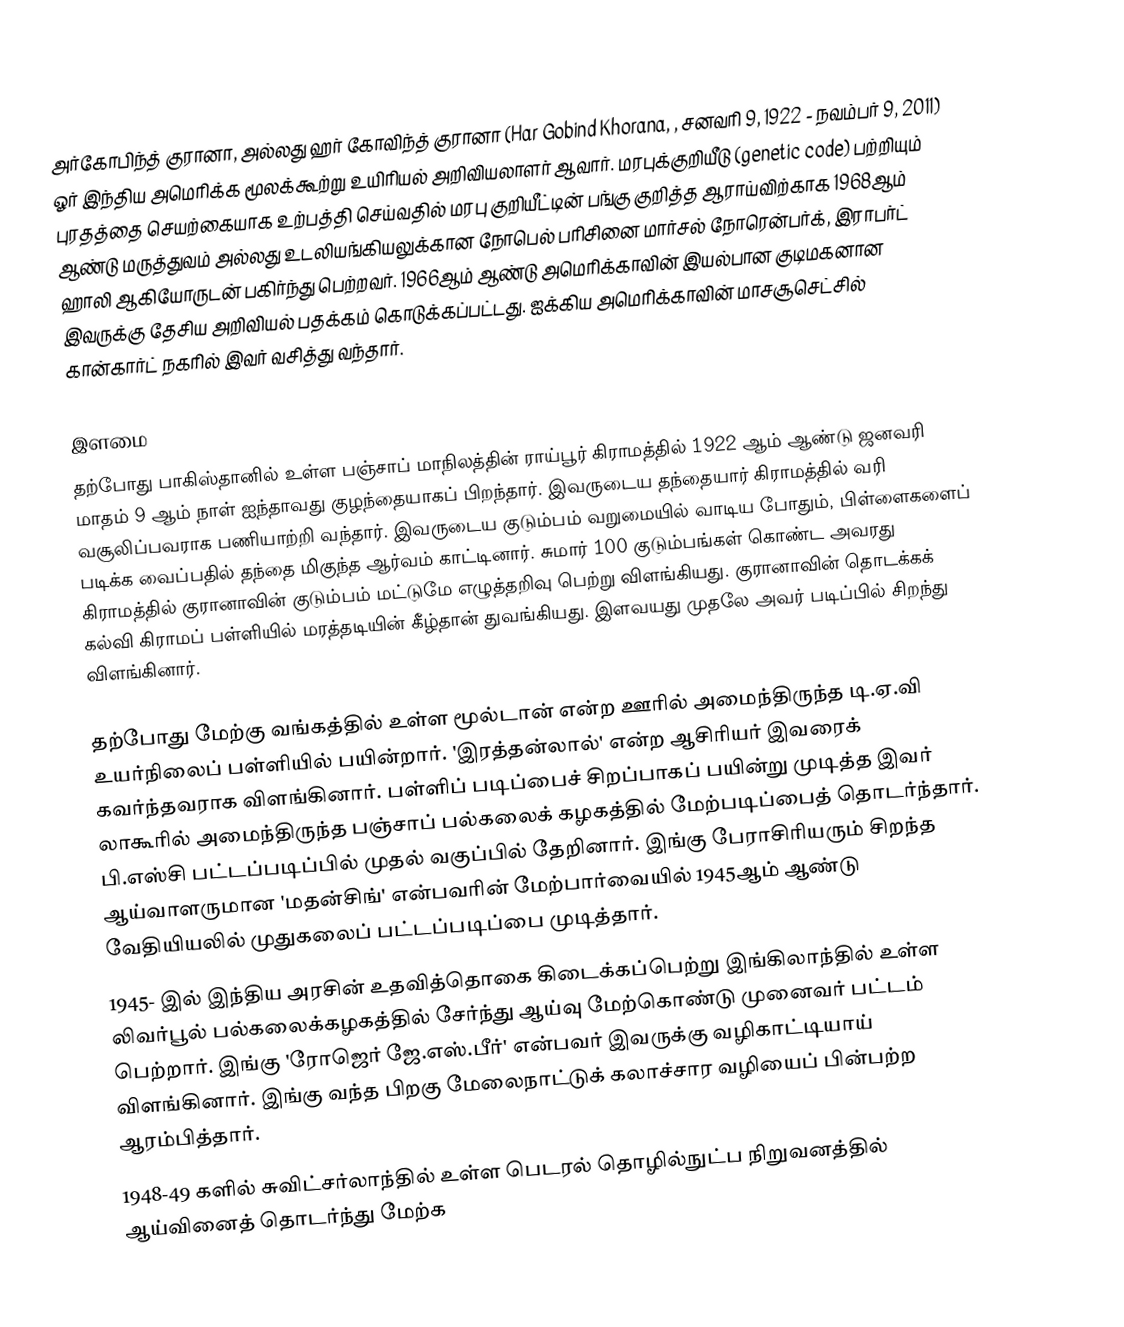
அர்கோபிந்த் குரானா, அல்லது ஹர் கோவிந்த் குரானா (Har Gobind Khorana, , சனவரி 9, 1922 - நவம்பர் 9, 2011) ஓர் இந்திய அமெரிக்க மூலக்கூற்று உயிரியல் அறிவியலாளர் ஆவார். மரபுக்குறியீடு (genetic code) பற்றியும் புரதத்தை செயற்கையாக உற்பத்தி செய்வதில் மரபு குறியீட்டின் பங்கு குறித்த  ஆராய்விற்காக 1968ஆம் ஆண்டு மருத்துவம் அல்லது உடலியங்கியலுக்கான நோபெல் பரிசினை மார்சல் நோரென்பர்க், இராபர்ட் ஹாலி ஆகியோருடன் பகிர்ந்து பெற்றவர். 1966ஆம் ஆண்டு அமெரிக்காவின் இயல்பான குடிமகனான இவருக்கு தேசிய அறிவியல் பதக்கம் கொடுக்கப்பட்டது. ஐக்கிய அமெரிக்காவின் மாசசூசெட்சில் கான்கார்ட் நகரில் இவர் வசித்து வந்தார்.

இளமை
தற்போது பாகிஸ்தானில் உள்ள பஞ்சாப் மாநிலத்தின் ராய்பூர் கிராமத்தில் 1922 ஆம் ஆண்டு ஜனவரி மாதம் 9 ஆம் நாள் ஐந்தாவது குழந்தையாகப் பிறந்தார். இவருடைய தந்தையார் கிராமத்தில் வரி வசூலிப்பவராக பணியாற்றி வந்தார். இவருடைய குடும்பம் வறுமையில் வாடிய போதும், பிள்ளைகளைப் படிக்க வைப்பதில் தந்தை மிகுந்த ஆர்வம் காட்டினார். சுமார் 100 குடும்பங்கள் கொண்ட அவரது கிராமத்தில் குரானாவின் குடும்பம் மட்டுமே எழுத்தறிவு பெற்று விளங்கியது. குரானாவின் தொடக்கக் கல்வி கிராமப் பள்ளியில் மரத்தடியின் கீழ்தான் துவங்கியது. இளவயது முதலே அவர் படிப்பில் சிறந்து விளங்கினார்.

தற்போது மேற்கு வங்கத்தில் உள்ள மூல்டான் என்ற ஊரில் அமைந்திருந்த டி.ஏ.வி உயர்நிலைப் பள்ளியில் பயின்றார். 'இரத்தன்லால்' என்ற ஆசிரியர் இவரைக் கவர்ந்தவராக விளங்கினார். பள்ளிப் படிப்பைச் சிறப்பாகப் பயின்று முடித்த இவர் லாகூரில் அமைந்திருந்த பஞ்சாப் பல்கலைக் கழகத்தில் மேற்படிப்பைத் தொடர்ந்தார். பி.எஸ்சி பட்டப்படிப்பில் முதல் வகுப்பில் தேறினார். இங்கு பேராசிரியரும் சிறந்த ஆய்வாளருமான 'மதன்சிங்' என்பவரின் மேற்பார்வையில் 1945ஆம் ஆண்டு வேதியியலில் முதுகலைப் பட்டப்படிப்பை முடித்தார்.
1945- இல் இந்திய அரசின் உதவித்தொகை கிடைக்கப்பெற்று இங்கிலாந்தில் உள்ள லிவர்பூல் பல்கலைக்கழகத்தில் சேர்ந்து ஆய்வு மேற்கொண்டு முனைவர் பட்டம் பெற்றார். இங்கு 'ரோஜெர் ஜே.எஸ்.பீர்' என்பவர் இவருக்கு வழிகாட்டியாய் விளங்கினார். இங்கு வந்த பிறகு மேலைநாட்டுக் கலாச்சார வழியைப் பின்பற்ற ஆரம்பித்தார்.
1948-49 களில் சுவிட்சர்லாந்தில் உள்ள பெடரல் தொழில்நுட்ப நிறுவனத்தில் ஆய்வினைத் தொடர்ந்து மேற்க